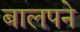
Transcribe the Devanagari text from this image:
बालपने